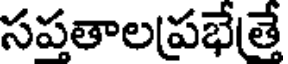
సపతాలప్రభేతే